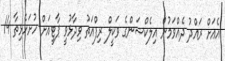
އެއަށް ރައްދު ދެއްވަމުން އިލެކްޝަންގެ ވަކީލް ރިފްއަތު ވިދާޅުވީ ޕާޓީއަށް ހުށަހެޅިތާ 14